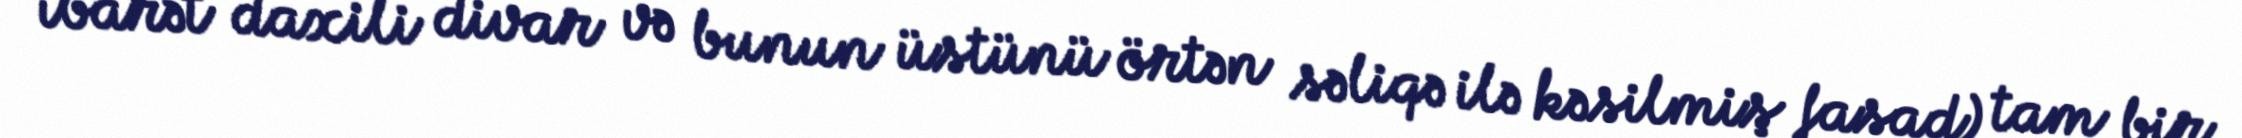
ibarət daxili divar və bunun üstünü örtən səliqə ilə kəsilmiş fasad) tam bir